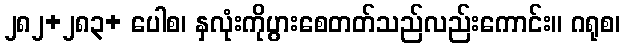
၂၈၂+၂၈၃+ ပေါစ၊ နှလုံးကိုပွားစေတတ်သည်လည်းကောင်း။ ဂရုစ၊